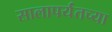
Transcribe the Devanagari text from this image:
सालापर्यंतच्या